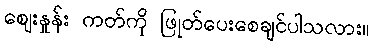
ဈေးနှုန်း ကတ်ကို ဖြုတ်ပေးစေချင်ပါသလား။